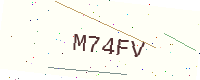
Text: M74FV